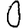
Digit: 0